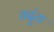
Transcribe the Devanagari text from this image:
तदुंरा